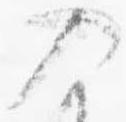
入